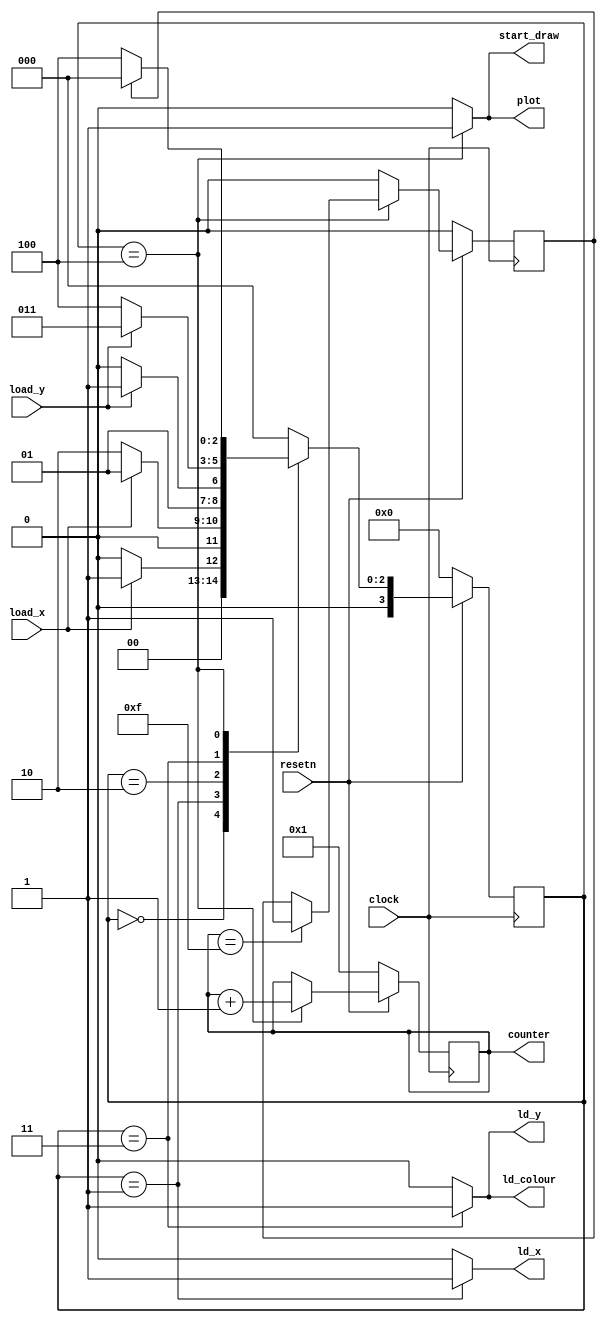
module FSM(resetn, clock, load_x, load_y, ld_x, ld_y, ld_colour, start_draw, plot, counter);
	input resetn;
	input clock;
	input load_x;
	input load_y;
	output reg ld_x, ld_y, ld_colour;
	output reg start_draw;
	output reg plot;
	output reg [3:0] counter = 4'b0001;
	
	reg [3:0] current_state, next_state;
	reg done;
	
	localparam  LOAD_X_WAIT     = 4'd0,
					LOAD_X		 	= 4'd1,
					LOAD_Y_WAIT   	= 4'd2,
					LOAD_Y_COLOUR 	= 4'd3,
					DRAW       	 	= 4'd4;
	always @(*)
	begin: state_table 
            case (current_state)
                LOAD_X_WAIT: next_state = load_x ? LOAD_X : LOAD_X_WAIT; // waiting for the load_x to become high
                LOAD_X: next_state = load_x ? LOAD_X : LOAD_Y_WAIT; // load the x value into datapath until load_x become low
                LOAD_Y_WAIT: next_state = load_y ? LOAD_Y_COLOUR : LOAD_Y_WAIT; // waiting for the load_y to become high
                LOAD_Y_COLOUR: next_state = load_y ? LOAD_Y_COLOUR : DRAW; // load y and colour into datapath, start drawing when load_y become low
                DRAW: next_state = done ? LOAD_X_WAIT : DRAW; // we had told the datapath it can start drawing and we are now waiting for the new X input.
            default: next_state = LOAD_X_WAIT;
        endcase
    end 
	
    always @(*)
    begin: enable_signals
		ld_x = 1'b0;
		ld_y = 1'b0;
		ld_colour = 1'b0;
		start_draw = 1'b0;
		plot = 1'b0;

        case (current_state)
            LOAD_X: begin
					ld_x = 1'b1;
					end
            LOAD_Y_COLOUR: begin
					ld_y = 1'b1;
					ld_colour = 1'b1;
					end
            DRAW: begin
					start_draw = 1'b1;
					plot = 1'b1;
					end
        endcase
    end 
	
	always@(posedge clock)
    begin
        if(!resetn) begin
            counter <= 4'b0001;
				done <= 1'b0;
		  end
        else 
			if (current_state == DRAW) begin
				if (counter == 4'b1111) 
					done <= 1'b1;
				counter <= counter + 1'b1;
			end	
			else
				done <= 1'b0;
    end 
	
	always@(posedge clock)
    begin: state_FFs
        if(!resetn)
            current_state <= LOAD_X_WAIT;
        else
            current_state <= next_state;
    end // state_FFS
endmodule